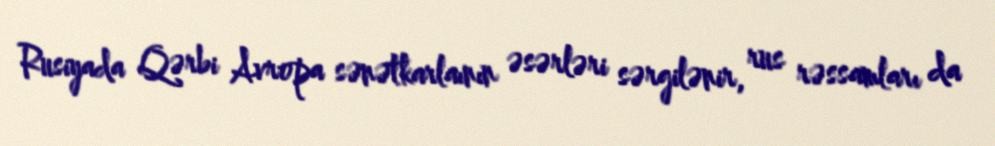
Rusiyada Qərbi Avropa sənətkarlaının əsərləri sərgilənir, rus rəssamları da